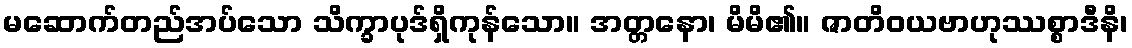
မဆောက်တည်အပ်သော သိက္ခာပုဒ်ရှိကုန်သော။ အတ္တနော၊ မိမိ၏။ ဇာတိဝယဗာဟုဿစ္စာဒီနိ၊